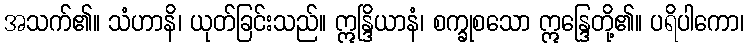
အသက်၏။ သံဟာနိ၊ ယုတ်ခြင်းသည်။ ဣန္ဒြိယာနံ၊ စက္ခုစသော ဣန္ဒြေတို့၏။ ပရိပါကော၊